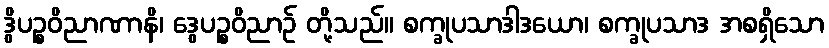
ဒွိပဉ္စဝိညာဏာနိ၊ ဒွေပဉ္စဝိညာဉ် တို့သည်။ စက္ခုပသာဒါဒယော၊ စက္ခုပသာဒ အစရှိသော